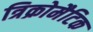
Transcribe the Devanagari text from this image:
त्रिक्रोमैटिक